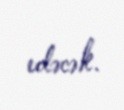
edəcək.